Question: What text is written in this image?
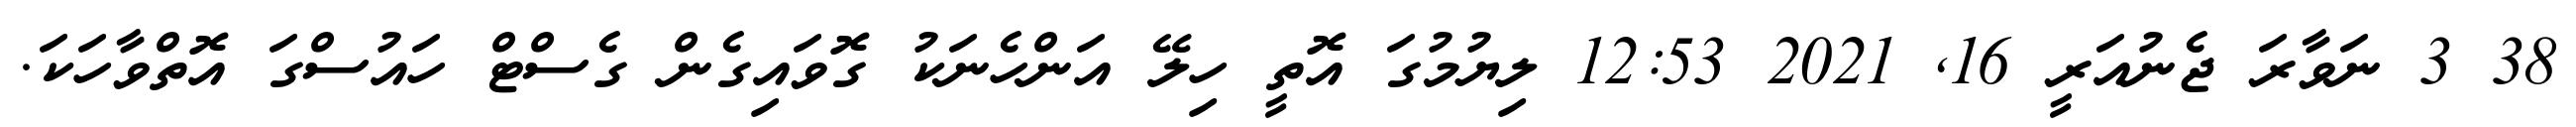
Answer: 38 3 ނަވާރަ ޖެނުއަރީ 16, 2021 12:53 ލިޔުމުގަ އޮތީ ހިލޭ އަންހެނަކު ގޮވައިގެން ގެސްޓް ހައުސްގަ އޮތްވާހަކަ.